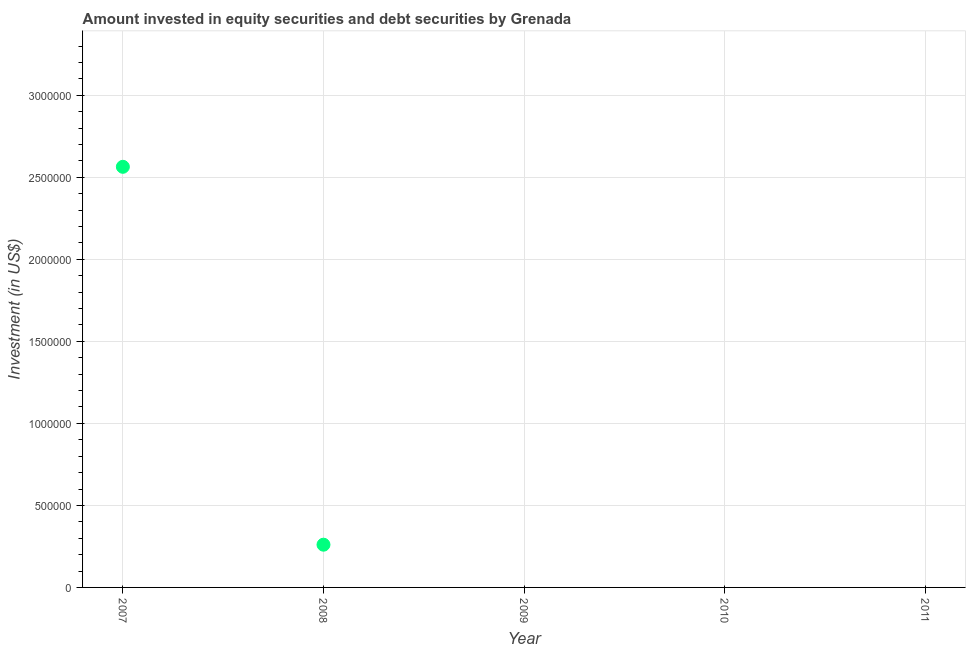
| Year | Portfolio Investment |
 | --- | --- |
 | 2007 | 2.56e+06 |
 | 2008 | 2.61e+05 |
 | 2009 | -1.4e+07 |
 | 2010 | -2.9e+06 |
 | 2011 | -1.01e+07 |